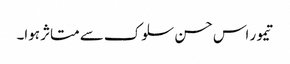
تیمور اس حسن سلوک سے متاثر ہوا۔